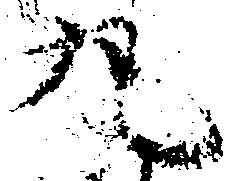
丸